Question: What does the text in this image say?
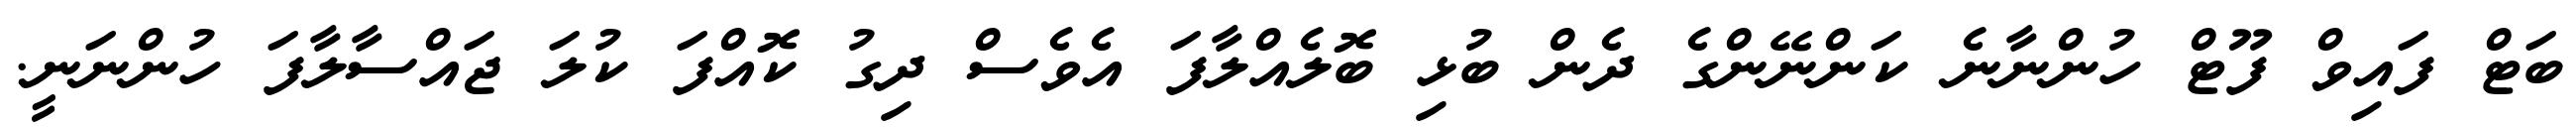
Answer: ބަޓް ފައިވް ފޫޓް ހުންނާނެ ކަންނޭންގެ ދެން ބުޅި ބޮލެއްލާފަ އެވެސް ދިގު ކޮއްފަ ކުލަ ޖައްސާލާފަ ހުންނަނީ.